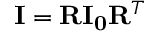
\mathbf { I } = \mathbf { R } \mathbf { I _ { 0 } } \mathbf { R } ^ { T }